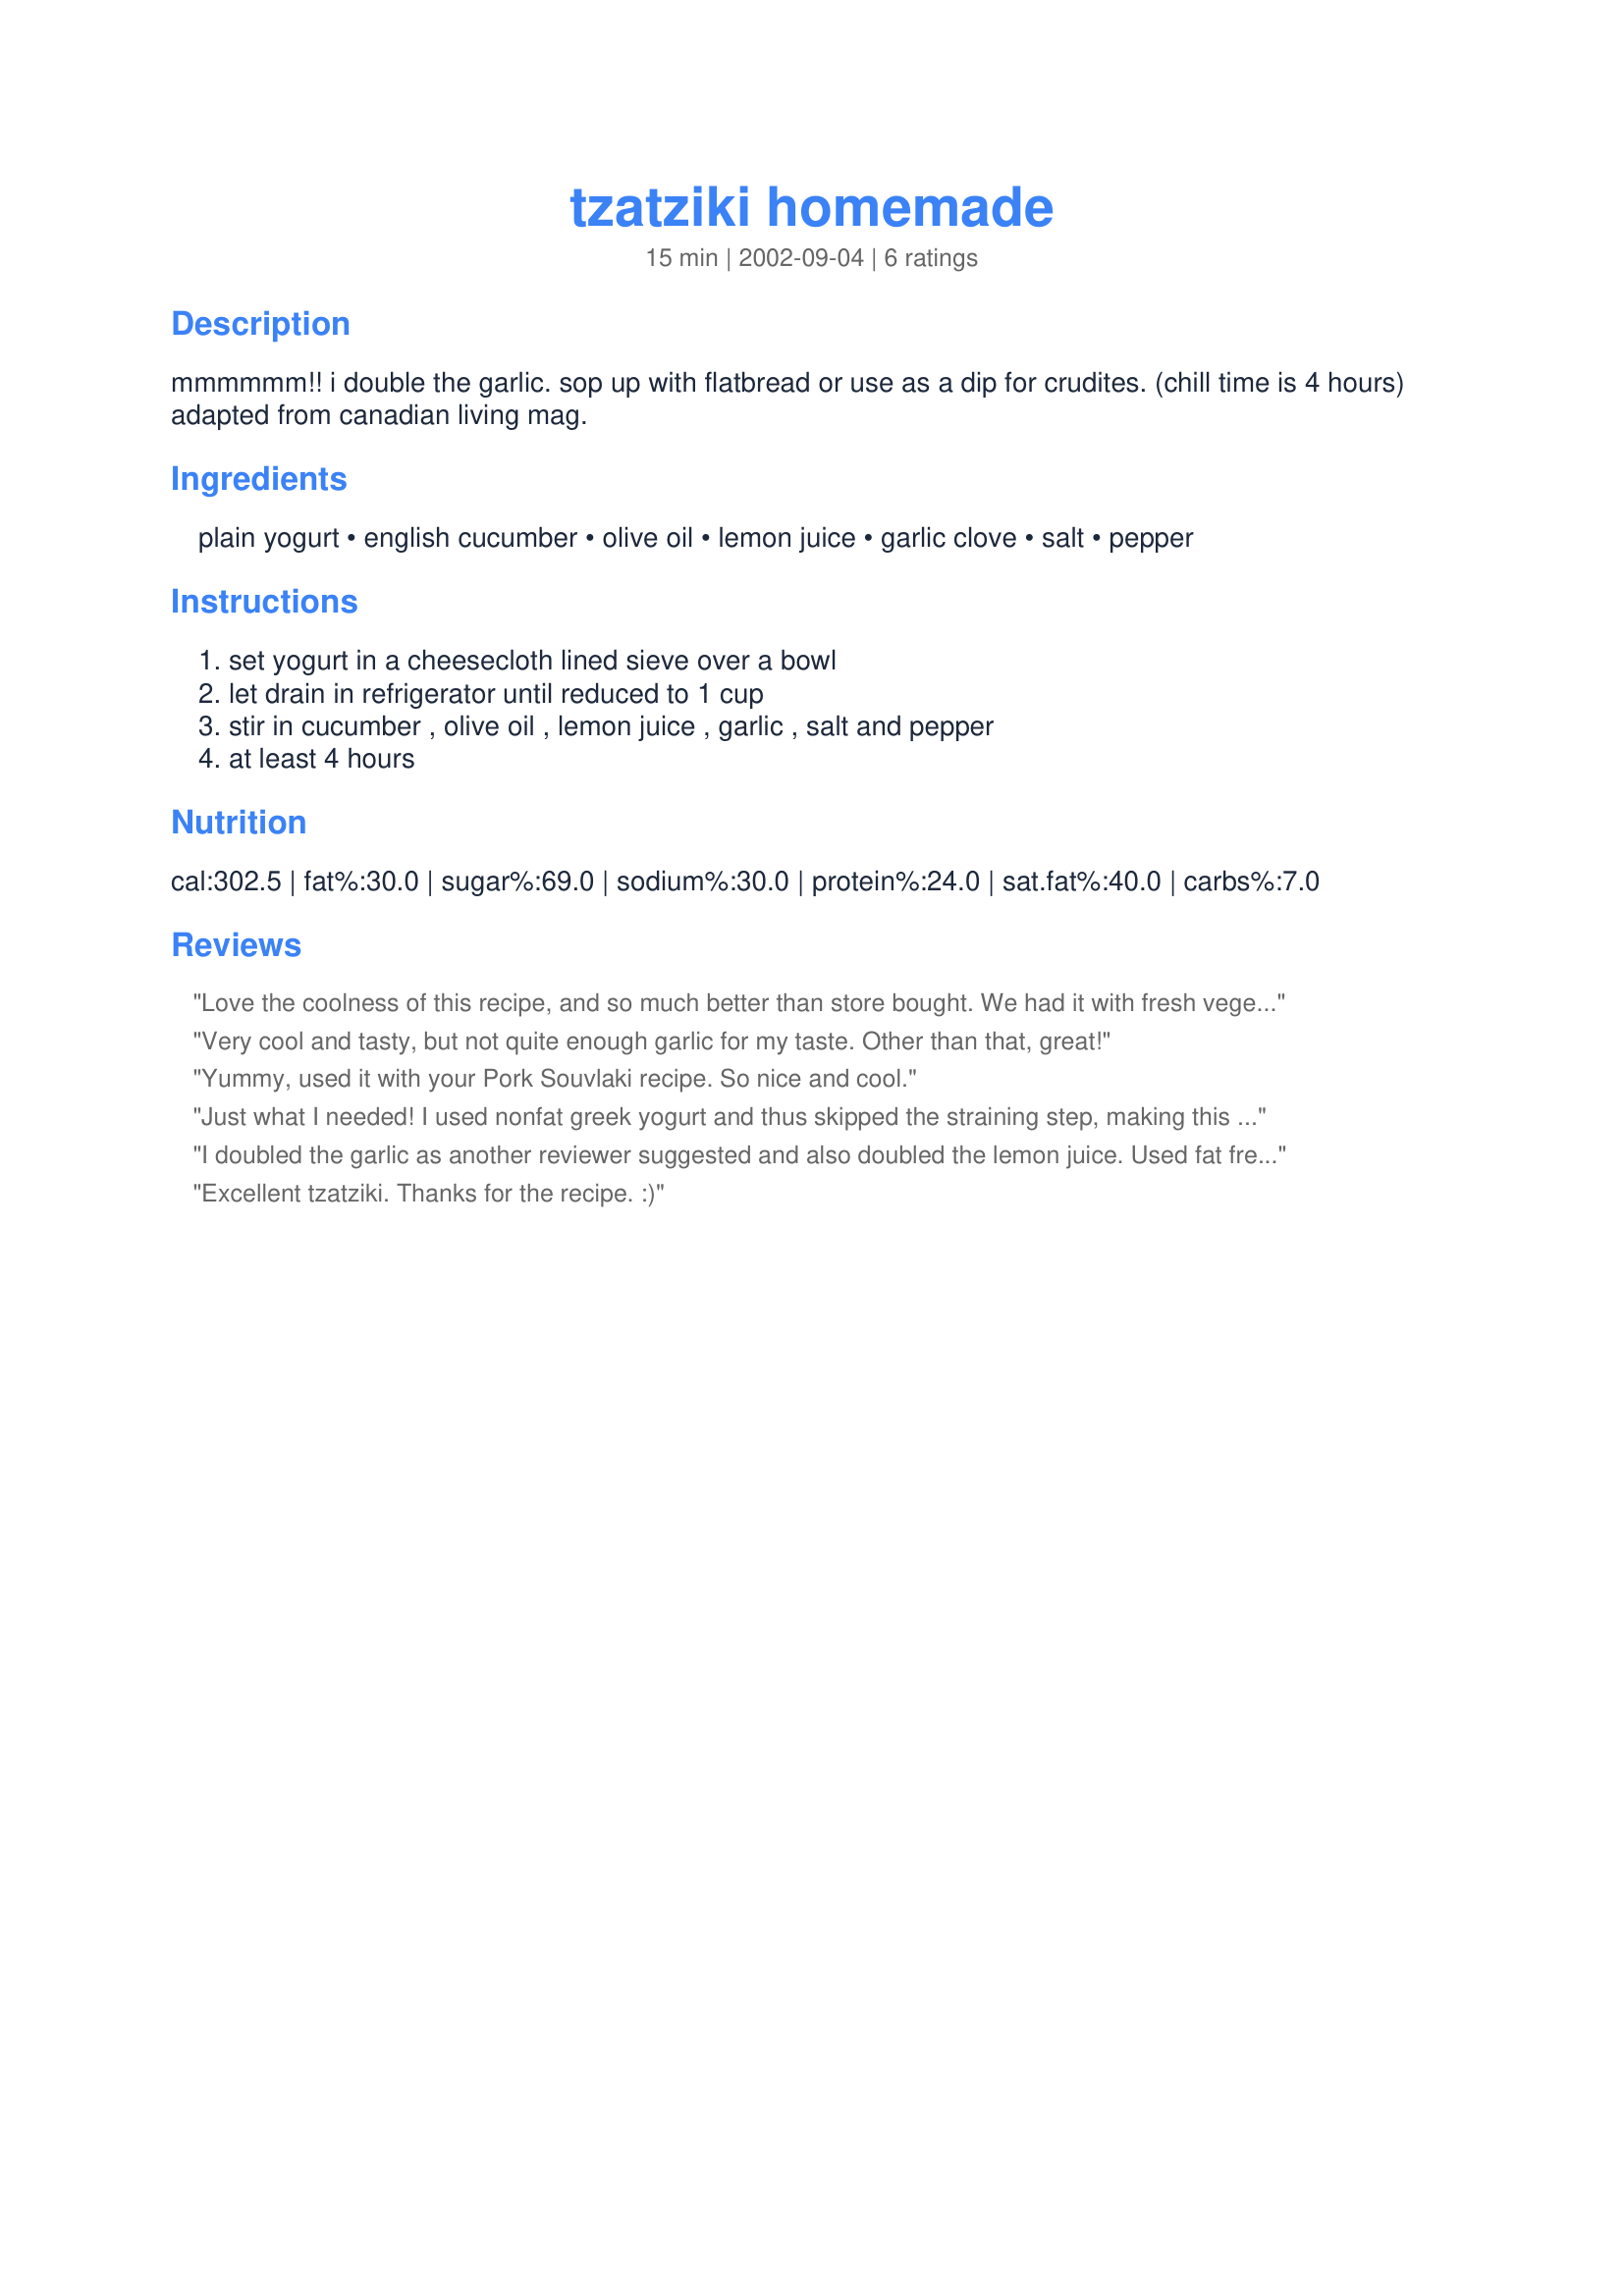
tzatziki homemade
Preparation time: 15 minutes

mmmmmm!! i double the garlic. sop up with flatbread or use as a dip for crudites. (chill time is 4 hours) adapted from canadian living mag.

Ingredients:
plain yogurt, english cucumber, olive oil, lemon juice, garlic clove, salt, pepper

Steps:
set yogurt in a cheesecloth lined sieve over a bowl, let drain in refrigerator until reduced to 1 cup, stir in cucumber , olive oil , lemon juice , garlic , salt and pepper, at least 4 hours

Reviews:
Love the coolness of this recipe, and so much better than store bought.
We had it with fresh vegetables used as a dip.
Doubled the garlic too!
Thanks for posting.
Very cool and tasty, but not quite enough garlic for my taste. Other than that, great!
Yummy, used it with your Pork Souvlaki recipe. So nice and cool.
Just what I needed! I used nonfat greek yogurt and thus skipped the straining step, making this a super easy recipe to make. Used this as a dip for falafel.
I doubled the garlic as another reviewer suggested and also doubled the lemon juice. Used fat free plain yogurt. I loved it; it tastes awesome!! No more store bought tzatziki for me! Thanks for posting!!
Excellent tzatziki. Thanks for the recipe. :)
